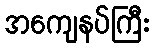
အကျေနပ်ကြီး